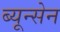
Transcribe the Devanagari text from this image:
ब्यून्सेन